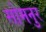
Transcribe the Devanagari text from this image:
सोमनुर